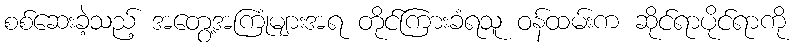
စစ်ဆေးခဲ့သည့် အတွေ့အကြုံများအရ တိုင်ကြားခံရသူ ဝန်ထမ်းက ဆိုင်ရာပိုင်ရာကို